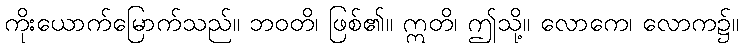
ကိုးယောက်မြောက်သည်။ ဘဝတိ၊ ဖြစ်၏။ ဣတိ၊ ဤသို့။ လောကေ၊ လောက၌။